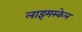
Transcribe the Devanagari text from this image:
लाइमस्केल